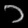
Digit: ၁